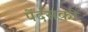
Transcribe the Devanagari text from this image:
पेंदंसकी